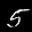
Label: 5